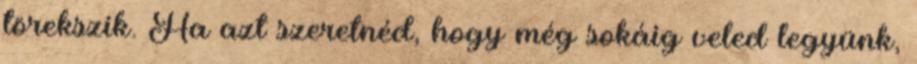
törekszik. Ha azt szeretnéd, hogy még sokáig veled legyünk,